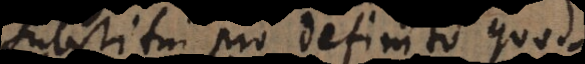
substitui pro definito quod